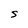
Character: S